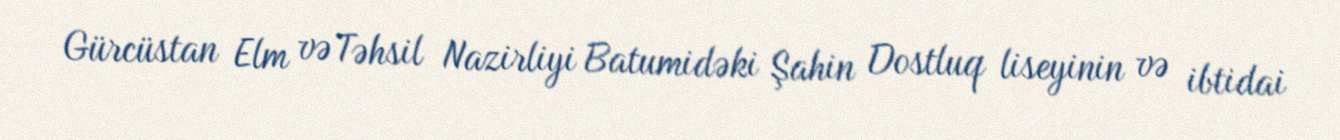
Gürcüstan Elm və Təhsil Nazirliyi Batumidəki Şahin Dostluq liseyinin və ibtidai